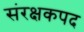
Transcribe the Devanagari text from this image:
संरक्षकपद